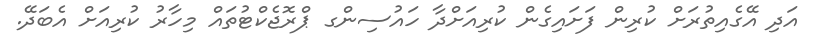
އަދި އޭގެއިތުރަށް ކުރިން ފަށައިގެން ކުރިއަށްދާ ހައުސިންގ ޕްރޮޖެކްޓުތައް މިހާރު ކުރިއަށް އެބަދޭ.